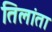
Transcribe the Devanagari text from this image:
तिलांता